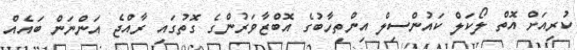
ކުރިއަށް އޮތް ލޯކަލް ކައުންސިލް އިންތިހާބުގެ އޮބްޒާވަރުންގެ ގޮތުގައި ރާއްޖެ އަންނަން ބައެއް